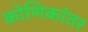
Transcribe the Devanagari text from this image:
कोणिकांतर